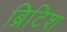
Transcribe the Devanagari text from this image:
ब्रिटिश